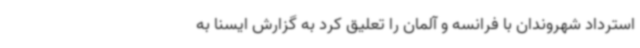
استرداد شهروندان با فرانسه و آلمان را تعلیق کرد به گزارش ایسنا به